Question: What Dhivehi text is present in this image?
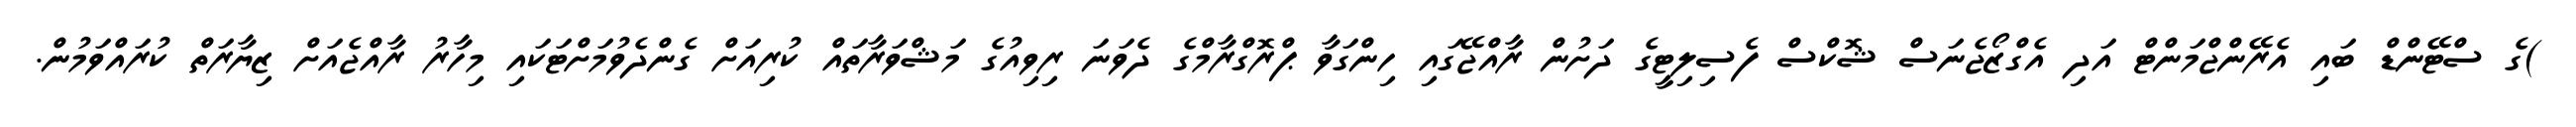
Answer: )ގެ ސްޓޭންޑް ބައި އެރޭންޖްމަންޓް އަދި އެގްޒޯޖެނަސް ޝޮކްސް ފެސިލިޓީގެ ދަށުން ރާއްޖޭގައި ހިންގަވާ ޕްރޮގްރާމްގެ ދެވަނަ ރިވިއުގެ މަޝްވަރާތައް ކުރިއަށް ގެންދެވުމަށްޓަކައި މިހާރު ރާއްޖެއަށް ޒިޔާރަތް ކުރައްވަމުން.